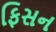
ફિસન